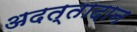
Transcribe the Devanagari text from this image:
अदत्तादान